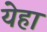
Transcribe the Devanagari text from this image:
येहा